Scientific memoirs by medical officers of the Army of India - Part IX,
Year: 1895
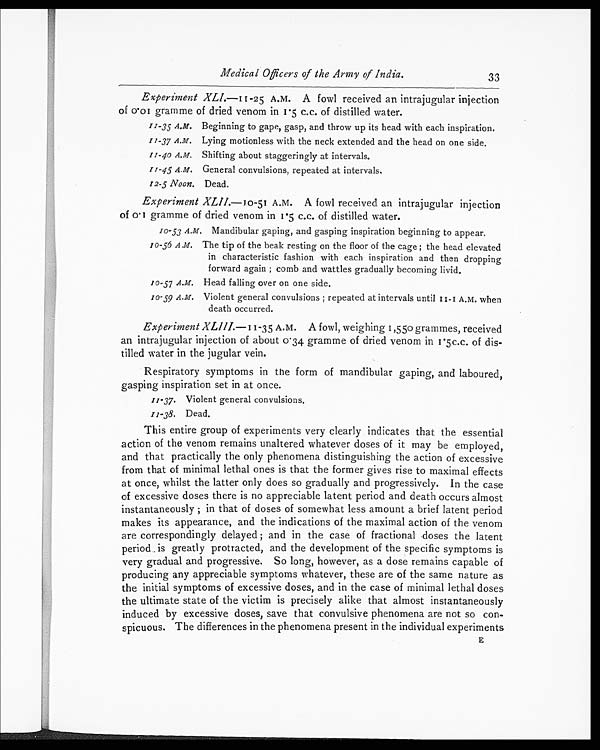
11-35 A.M.
11-37 A.M.
11-40 A.M.
11-45 A.M.
12-5 Noon.
10-53 A.M.
1 0 - 5 6 A . M .
10-57 A.M.
10-59 A.M.
1 1 - 3 7 .
11-38.
Medical Officers of the Army of India.
33
Experiment XLI.—11-25 A.M. A fowl received an intrajugular injection
of 0.01 gramme of dried venom in 1.5 c.c. of distilled water.
Beginning to gape, gasp, and throw up its head with each inspiration.
Lying motionless with the neck extended and the head on one side.
Shifting about staggeringly at intervals.
General convulsions, repeated at intervals.
Dead.
Experiment XLII.—10-51 A.M. A fowl received an intrajugular injection
of 0.1 gramme of dried venom in 1.5 c.c. of distilled water.
Mandibular gaping, and gasping inspiration beginning to appear.
The tip of the beak resting on the floor of the cage ; the head elevated
in characteristic fashion with each inspiration and then dropping
forward again ; comb and wattles gradually becoming livid.
Head falling over on one side.
Violent general convulsions ; repeated at intervals until 11-1 A.M. when
death occurred.
Experiment XLIII—11-35 A.M. A fowl, weighing 1,550 grammes, received
an intrajugular injection of about 0.34 gramme of dried venom in 1.5c.c. of dis-
tilled water in the jugular vein.
Respiratory symptoms in the form of mandibular gaping, and laboured,
gasning inspiration set in at once.
Violent general convulsions.
Dead.
This entire group of experiments very clearly indicates that the essential
action of the venom remains unaltered whatever doses of it may be employed,
and that practically the only phenomena distinguishing the action of excessive
from that of minimal lethal ones is that the former gives rise to maximal effects
at once, whilst the latter only does so gradually and progressively. In the case
of excessive doses there is no appreciable latent period and death occurs almost
instantaneously ; in that of doses of somewhat less amount a brief latent period
makes its appearance, and the indications of the maximal action of the venom
are correspondingly delayed ; and in the case of fractional -doses the latent
period is greatly protracted, and the development of the specific symptoms is
very gradual and progressive. So long, however, as a dose remains capable of
producing any appreciable symptoms whatever, these are of the same nature as
the initial symptoms of excessive doses, and in the case of minimal lethal doses
the ultimate state of the victim is precisely alike that almost instantaneously
induced by excessive doses, save that convulsive phenomena are not so con-
spicuous. The differences in the phenomena present in the individual experiments
E